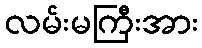
လမ်းမကြီးအား